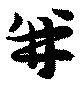
并